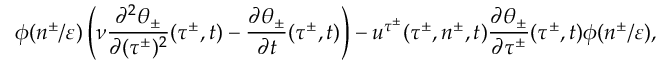
\phi ( n ^ { \pm } / \varepsilon ) \left( \nu \frac { \partial ^ { 2 } \theta _ { \pm } } { \partial ( \tau ^ { \pm } ) ^ { 2 } } ( \tau ^ { \pm } , t ) - \frac { \partial \theta _ { \pm } } { \partial t } ( \tau ^ { \pm } , t ) \right) - u ^ { \tau ^ { \pm } } ( \tau ^ { \pm } , n ^ { \pm } , t ) \frac { \partial \theta _ { \pm } } { \partial \tau ^ { \pm } } ( \tau ^ { \pm } , t ) \phi ( n ^ { \pm } / \varepsilon ) ,